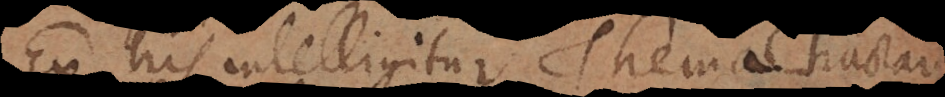
Ex his intelligitur Thema tractare